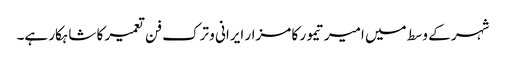
شہر کے وسط میں امیر تیمور کا مزار ایرانی و ترک فن تعمیر کا شاہکار ہے۔